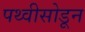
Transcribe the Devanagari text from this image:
पथ्वीसोडून